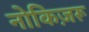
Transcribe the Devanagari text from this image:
नोकिज़रू